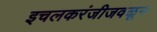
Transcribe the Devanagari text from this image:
इचलकरंजीजवळून